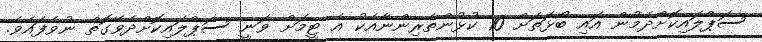
ސަޕްލައިކޮށްދެމުން އައި ބޯޅަތަށް 10 ކުޅުންތެރިންނާއެކު އެ ޓީމަށް ވަނީ ސަޕްލައިކޮށްދެވޭގޮތް ނުވެފައެވެ.